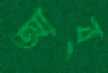
আব্